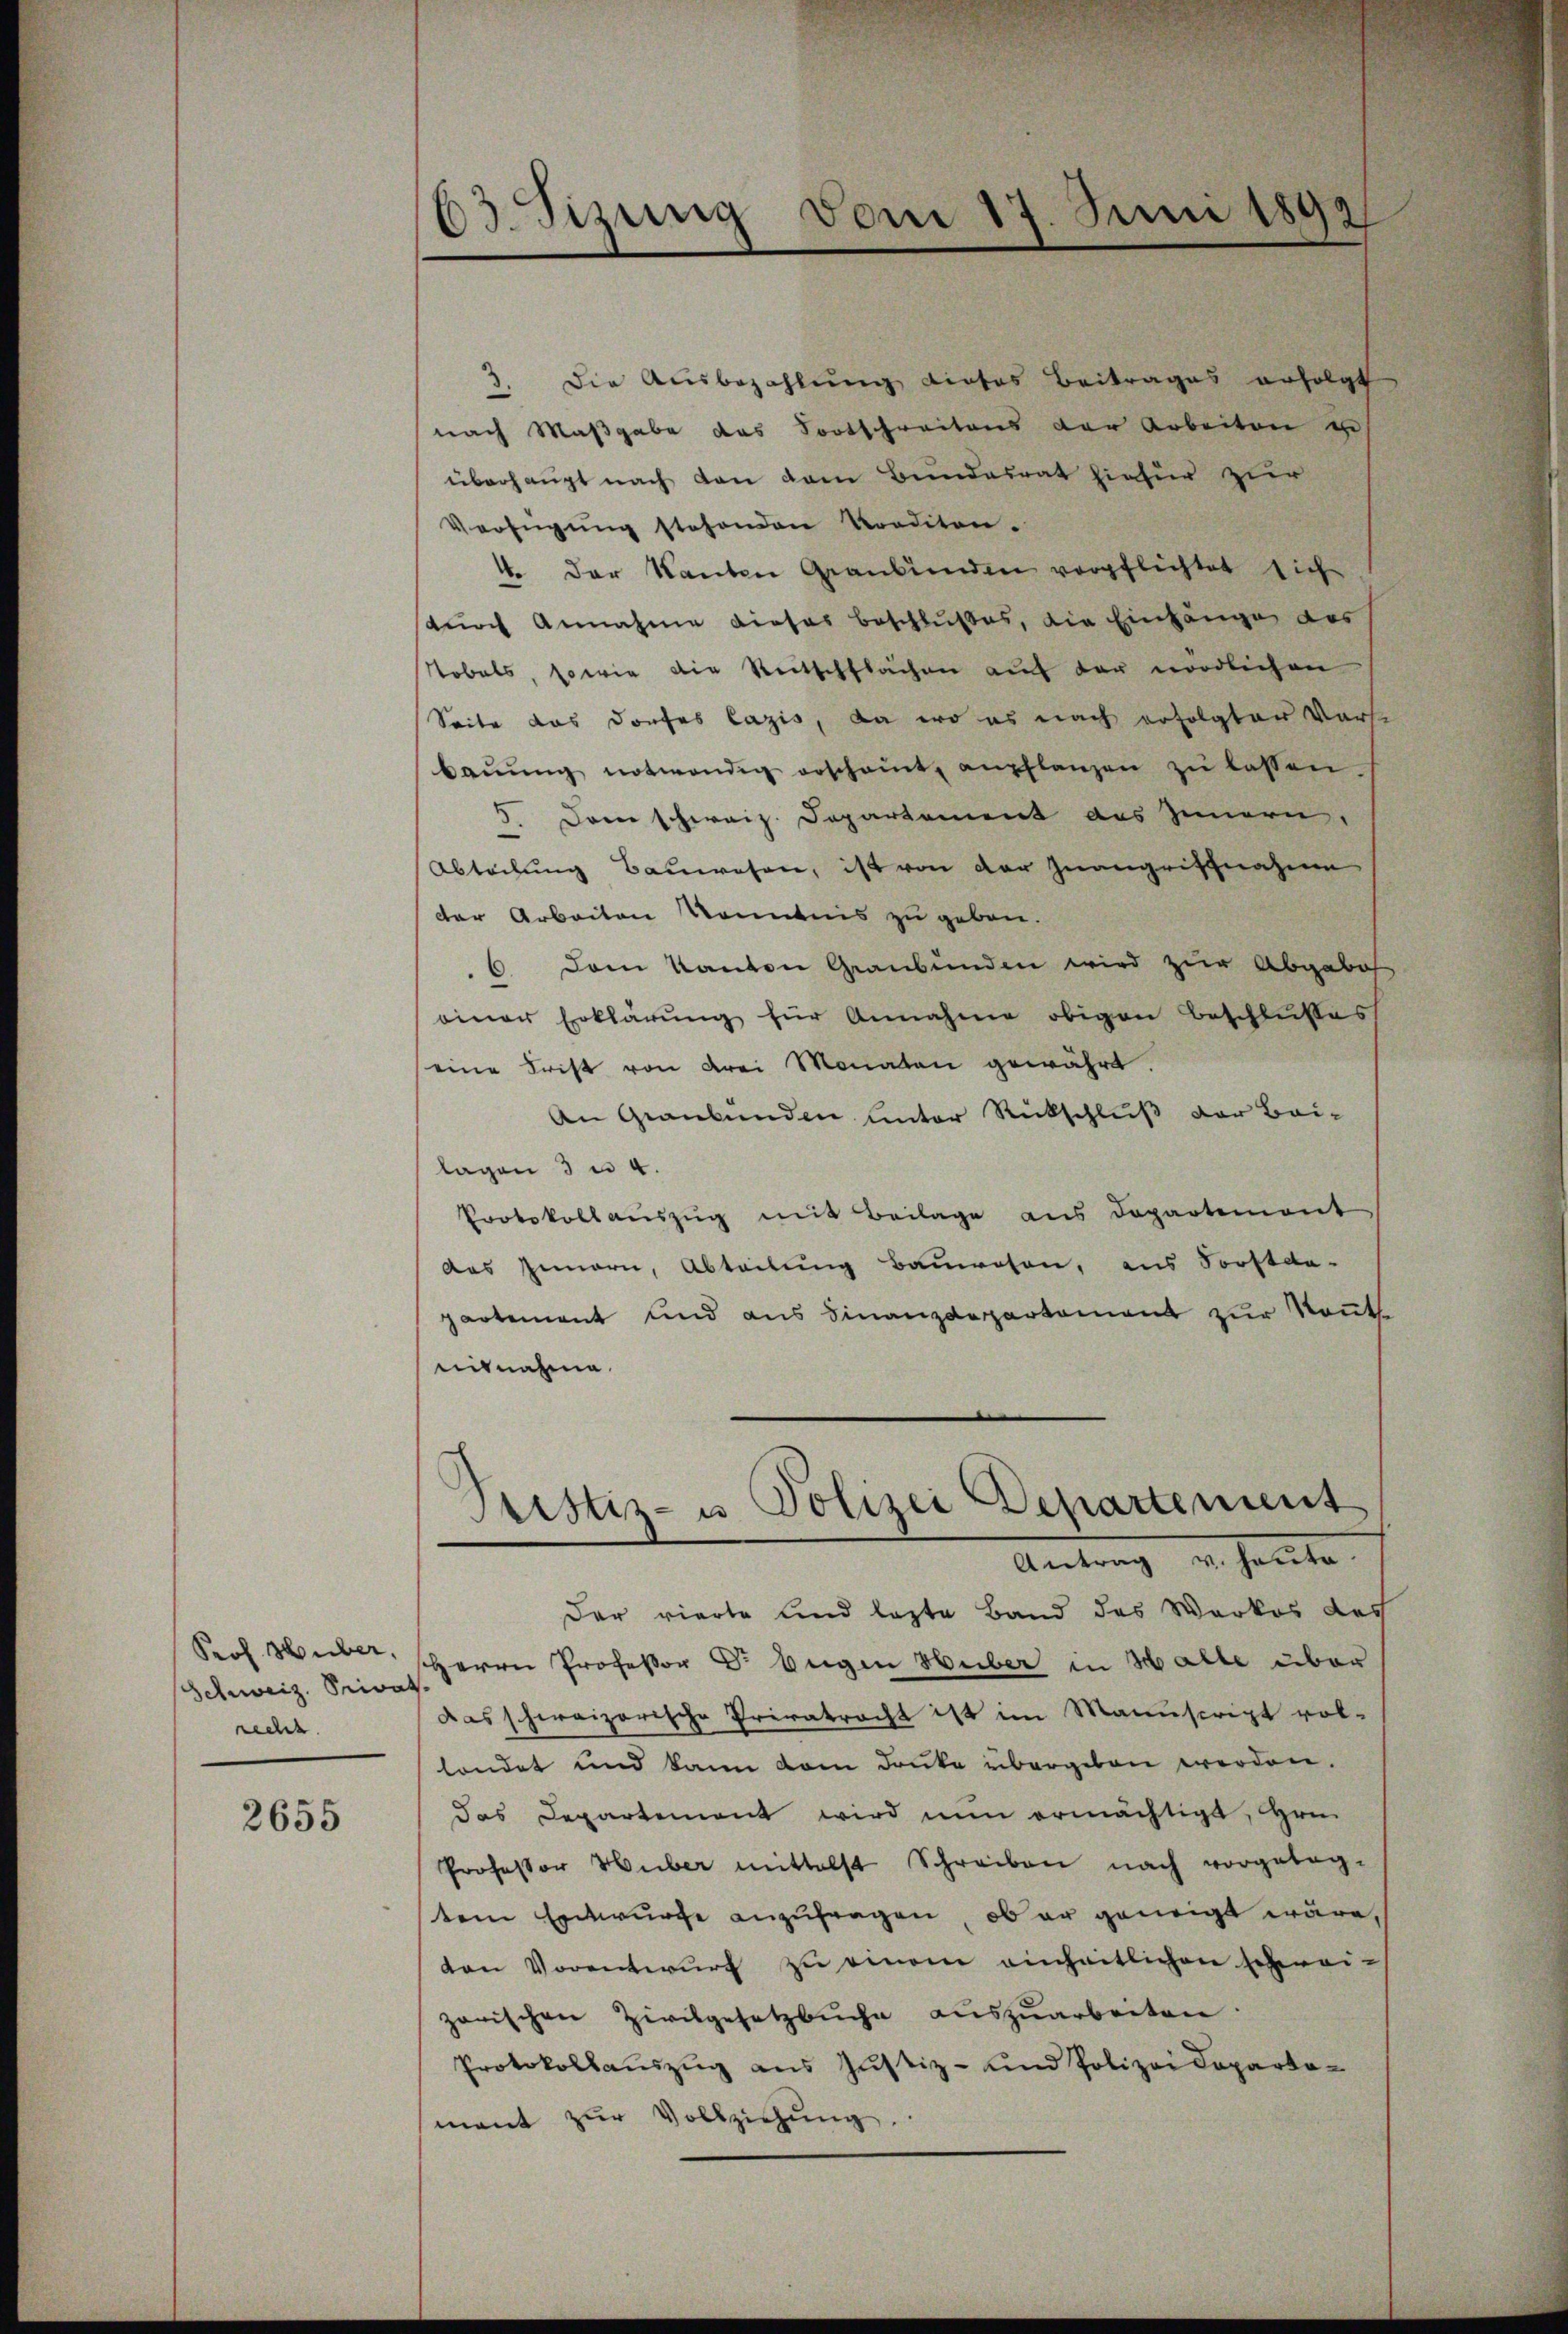
Prof. Huber,
Schweiz. Privat
recht.

2655

63. Sizung vom 17 Juni 1892
e

3. Die Ausbezahlŭng dieses Beitrages erfolgt
nach Maßgabe das Fortschreitens der Arbeiten u
überhaupt nach den dem Bundesrat hiefür zur
Verfügung stehenden Korditen.
4. Der Kanton Graubünden verpflichtet sich
durch Annahme dieses Beschlußes, die Einhänge des
Tobels, sowie die Retschflächen auf der nördlichen
Seite das Dorfes lazis, da wo es nach erfolgter Vorle
baŭŭng notwendig erscheint, empflanzen zŭ lassen.
5. Dann schweiz. Departement des Innern,
Abteilung Bauwesen, ist von der Inangriffnahme
dter Arbeiten Kenntnis zu geben.
6 Dem Kanton Graubünden wird zur Abgabol
einer Erklärŭng für Annahme obigen Beschlusses
eine Frist von drei Monaten gewährt.
An Graubünden unter Rückschluß der Bei-
lagen 3 u 4.
Protokoll aŭszŭg mit Beilage aus Departement
des Innern, Abteilung Bauwesen, aus Forstda-
partement und aus Finanzdepartement zur Kont
nitnahme.
Antrag v. Heute
Der vierte und lezte Band des Werkes des
Herrn Professor Dr. Eugen Huber in Halle über
das schweizerische Privatrecht ist im Manuscript vol-
lendet und kann vom Druke übergeben werden.
das Departement wird nun ermächtigt, Hrn.
Professor Huber mittelst Schreiben nach vorgeleg-
tem Entwurfe anzufragen, ob er geneigt wäre,
van Vorentwŭrf zu einem einheitlichen schwei-
zorischen Zivilgesetzbuche auszuarbeiten.
Protokollaŭszŭg ans Justiz- und Polizei Departo-
mant zur Vollziehung.

Pristiz- u Polizei Departement